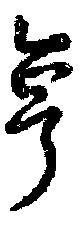
亨